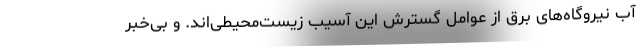
آب نیروگاه‌های برق از عوامل گسترش این آسیب زیست‌محیطی‌اند. و بی‌خبر